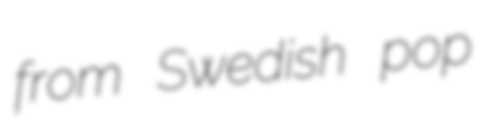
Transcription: from Swedish pop